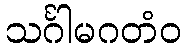
သင်္ဂါမဂတံဝ